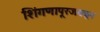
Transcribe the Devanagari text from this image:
शिंगणापूरजवळून